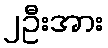
၂ဦးအား